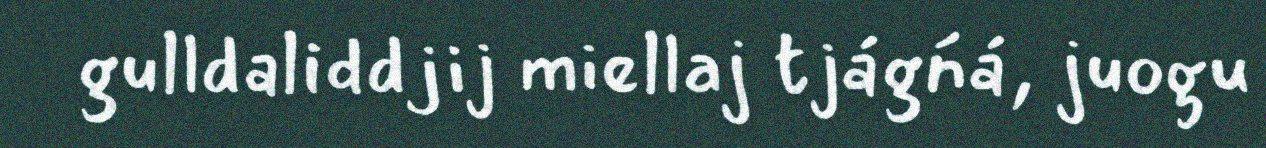
gulldaliddjij miellaj tjágńá, juogu